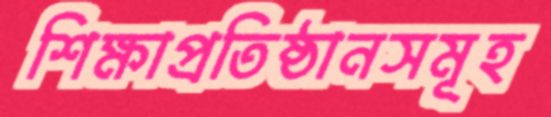
শিক্ষাপ্রতিষ্ঠানসমূহ